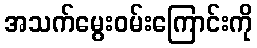
အသက်မွေးဝမ်းကြောင်းကို